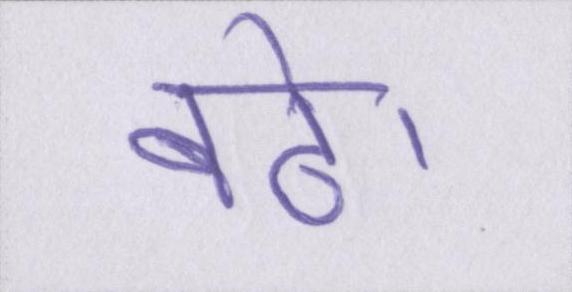
बढे।